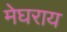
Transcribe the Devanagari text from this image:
मेघराय